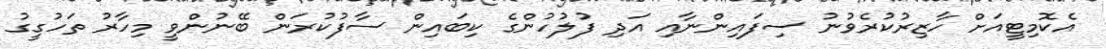
އެކޮމިޓީއަށް ހާޒިރުކުރެވުނު ސިފައިންނާއި އަދި ފުލުހުންގެ ކިބައިން ސާފުކުރަން ބޭނުންވީ މިހާރު ތަހުގީގު